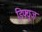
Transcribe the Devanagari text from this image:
डिफ़्यूज